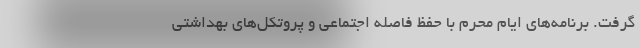
گرفت. برنامه‌های ایام محرم با حفظ فاصله اجتماعی و پروتکل‌های بهداشتی